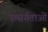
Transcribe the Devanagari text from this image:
उत्सर्गताओं